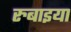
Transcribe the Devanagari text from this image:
रुबाइया